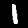
Label: 1